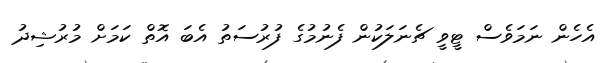
އެހެން ނަމަވެސް ޓީވީ ޗެނަލަކުން ފެނުމުގެ ފުރުސަތު އެބަ އޮތް ކަމަށް މުރުޝިދު